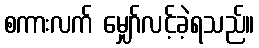
စကားလက် မျှော်လင့်ခဲ့ရသည်။